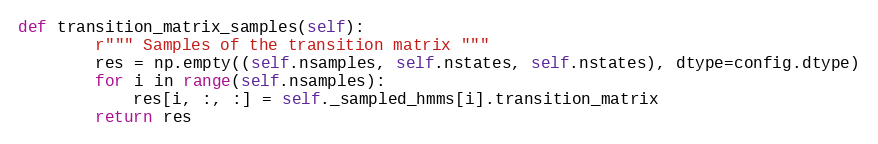
Language: Python
def transition_matrix_samples(self):
        r""" Samples of the transition matrix """
        res = np.empty((self.nsamples, self.nstates, self.nstates), dtype=config.dtype)
        for i in range(self.nsamples):
            res[i, :, :] = self._sampled_hmms[i].transition_matrix
        return res